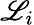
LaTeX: \mathscr{L}_{i}